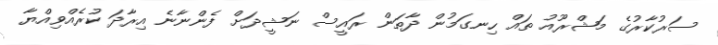
ސަރުކާރުގެ މަޝްރޫއު ތައް ހިނގަމުން ދާތަން ރައީސް ނަޝީދަށް ފެންނާނެ އިރާދަ ކުރެއްވިއްޔާ